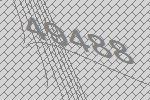
49488